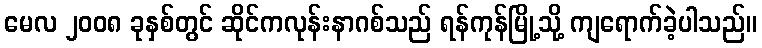
မေလ ၂၀၀၈ ခုနှစ်တွင် ဆိုင်ကလုန်းနာဂစ်သည် ရန်ကုန်မြို့သို့ ကျရောက်ခဲ့ပါသည်။